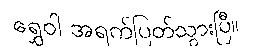
ရွှေဝါ အရက်ပြတ်သွားပြီ။